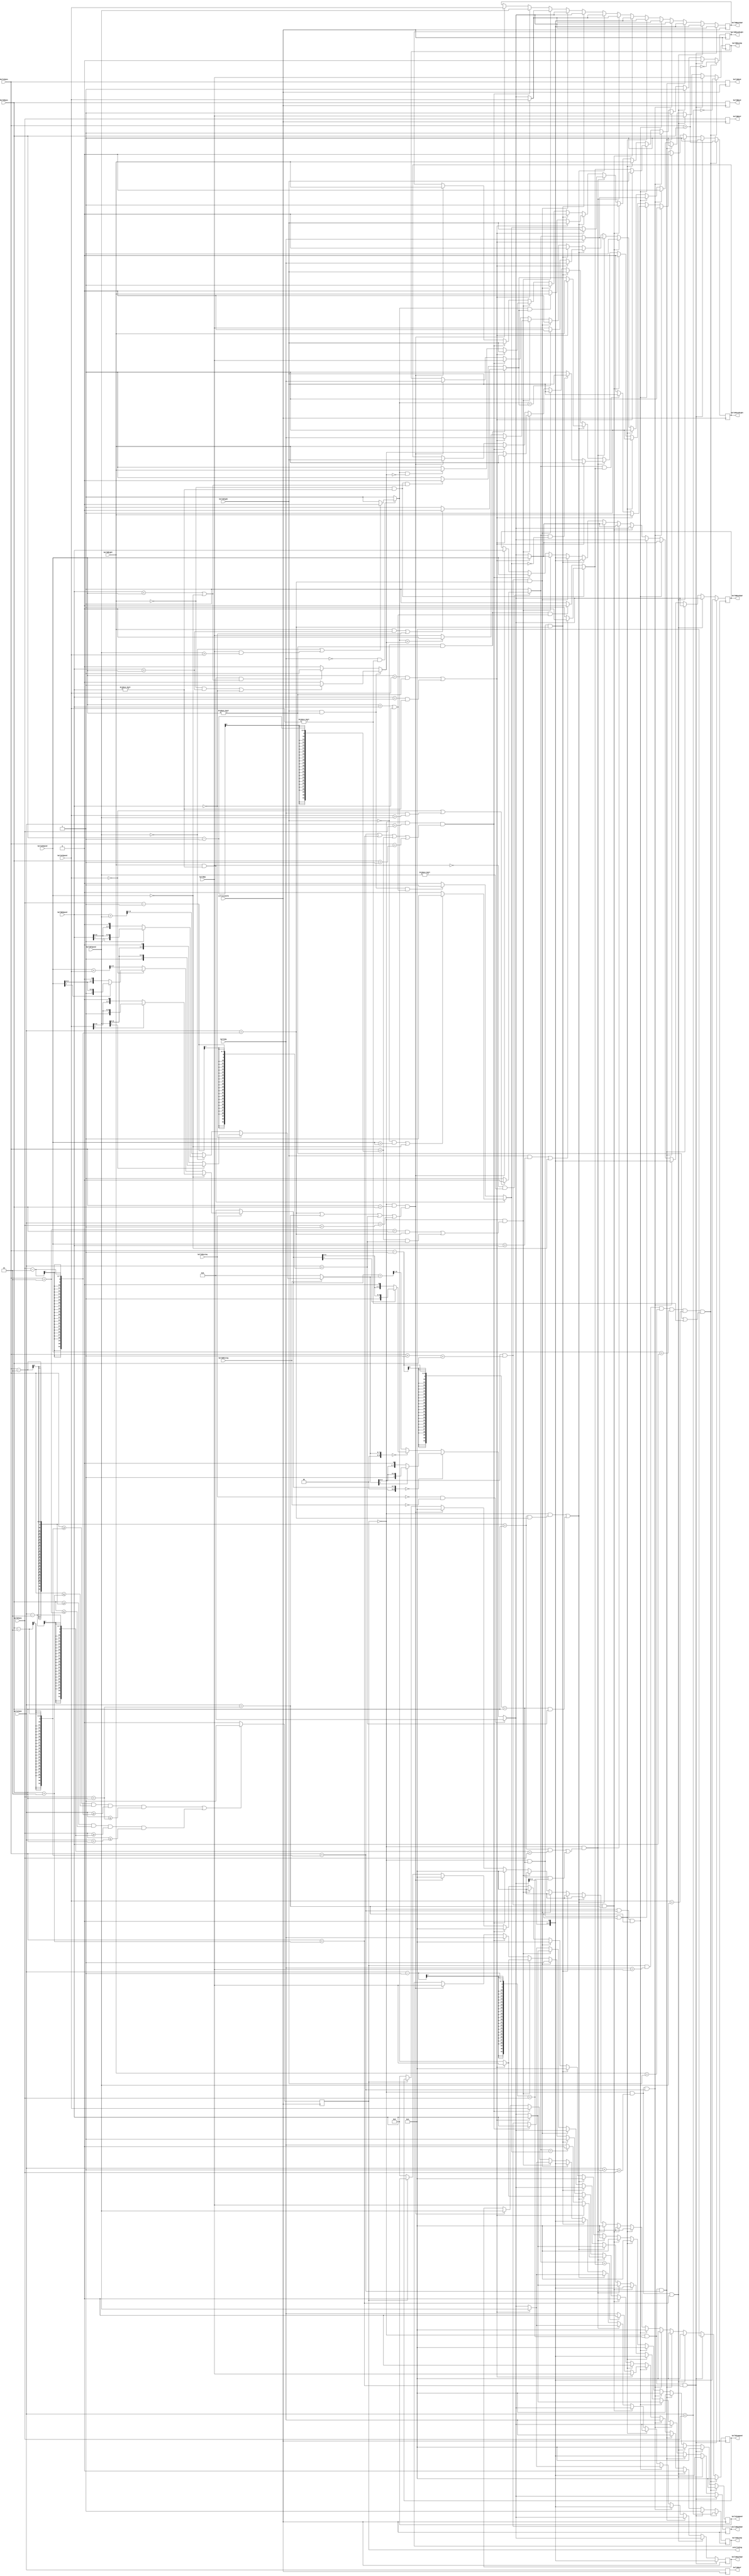
`timescale 1ns / 1ps
//////////////////////////////////////////////////////////////////////////////////
// Company: 
// Engineer: 
// 
// Design Name: 
// Module Name: collision
// Project Name: 
// Target Devices: 
// Tool Versions: 
// Description: 
// 
// Dependencies: 
// 
// Revision:
// Revision 0.01 - File Created
// Additional Comments:
// 
//////////////////////////////////////////////////////////////////////////////////


module collision(

input collisionClk,
input [7:0] ballAXpos,
input [6:0] ballAYpos,
input [7:0] ballAXSpeed,
input [7:0] ballAYSpeed,
input ballARight,
input ballAUp,
input ballAMoving,

input [7:0] ballBXpos,
input [6:0] ballBYpos,
input [7:0] ballBXSpeed,
input [7:0] ballBYSpeed,
input ballBRight,
input ballBUp,
input ballBMoving,

output reg isColliding = 0,
output reg [3:0] ballACommand = 0,
output reg [3:0] ballBCommand = 0,
output reg [7:0] ballANewXSpd = 0,
output reg [7:0] ballANewX = 0,
output reg [6:0] ballANewY = 0,
output reg ballAMoveRight = 0,
output reg [7:0] ballANewYSpd = 0,
output reg ballAMoveUp = 0,
output reg [7:0] ballBNewXSpd = 0,
output reg [7:0] ballBNewX = 0,
output reg [6:0] ballBNewY = 0,
output reg ballBMoveRight = 0,
output reg [7:0] ballBNewYSpd = 0,
output reg ballBMoveUp = 0
);


reg [9:0] averageA = 0;
reg [9:0] averageB = 0;
reg [9:0] average = 0;

//maybe used signed reg for storing the intermittent velocity

    always @ (posedge collisionClk) begin
    
        if (!isColliding) begin
            ballACommand <= 0;
            ballBCommand <= 0;
        end
    
    
        ballANewX = ballAXpos;
        ballANewY = ballAYpos;
        ballBNewX = ballBXpos;
        ballBNewY = ballBYpos;
    
    //do a check for if the balls are stuck together
    //and if the balls are at the wall
        
        averageA = (!ballAMoving) ? 0 :
            (ballAXSpeed == 0) ? 
            (!ballAYSpeed[7]) ? ballAYSpeed << 1 : ballAYSpeed :
            (ballAYSpeed == 0) ? 
            (!ballAXSpeed[7]) ? ballAXSpeed << 1 : ballAXSpeed :
            (ballAXSpeed + ballAYSpeed) >> 1;       
        
        averageB = (!ballBMoving) ? 0 :
            (ballBXSpeed == 0) ? 
            (!ballBYSpeed[7]) ? ballBYSpeed << 1 : ballBYSpeed :
            (ballBYSpeed == 0) ? 
            (!ballBXSpeed[7]) ? ballBXSpeed << 1 : ballBXSpeed :
            (ballBXSpeed + ballBYSpeed) >> 1;
        
        average = (!ballAMoving && !ballBMoving) ? 0 :
            (averageA == 0) ? 
            (!averageB[7]) ? averageB << 1 : averageB : 
            (averageB == 0) ? 
            (!averageA[7]) ? averageA << 1 : averageA :
            (averageA + averageB) >> 1;
    
        if (!isColliding && (ballAXpos == ballBXpos) && 
           ((ballAYpos == (ballBYpos - 2)) || (ballAYpos == (ballBYpos + 2)) ||
           (ballAYpos == (ballBYpos - 1)) || (ballAYpos == (ballBYpos + 1)))) begin
    /*
            B        B        A       A
            \/       /\       /\      \/
            A        A        B       B
    */
            ballACommand <= 4'b0011;
            ballBCommand <= 4'b0011;
            ballANewXSpd <= ballAXSpeed;
            ballAMoveRight = ballARight;
            ballANewYSpd = ballBYSpeed;
            ballAMoveUp = ballBUp;
            ballBNewXSpd = ballBXSpeed;
            ballBMoveRight = ballBRight;
            ballBNewYSpd = ballAYSpeed;
            ballBMoveUp = ballAUp;
            ballANewX = ballAXpos;
            ballANewY = ballAYpos;
            ballBNewX = ballBXpos;
            ballBNewY = ballBYpos;
        end
    
        if (!isColliding && ballAYpos == ballBYpos && 
           ((ballAXpos == (ballBXpos - 2)) || (ballAXpos == (ballBXpos + 2)) ||
           (ballAXpos == (ballBXpos - 1)) || (ballAXpos == (ballBXpos + 1)))) begin
           
    //      A --> B or A <-- B or B <-- A or B --> A
            ballACommand <= 4'b0011;
            ballBCommand <= 4'b0011;
            ballANewXSpd = ballBXSpeed;
            ballAMoveRight = ballBRight;
            ballANewYSpd = ballAYSpeed;
            ballAMoveUp = ballAUp;
            ballBNewXSpd = ballAXSpeed;
            ballBMoveRight = ballARight;
            ballBNewYSpd = ballBYSpeed;
            ballBMoveUp = ballBUp;
            ballANewX = ballAXpos;
            ballANewY = ballAYpos;
            ballBNewX = ballBXpos;
            ballBNewY = ballBYpos;
        end
    
         if (!isColliding && (((ballAXpos + 2 == ballBXpos) && ((ballAYpos) == (ballBYpos - 2))) ||
           ((ballAXpos == ballBXpos - 1) && (ballAYpos == ballBYpos - 1))))
        begin
        //                left_2 = 1; A bottom right B top left
        
            if ((ballAXSpeed == ballAYSpeed && ballAXSpeed != 0) ||
                (ballBXSpeed == ballBYSpeed && ballBXSpeed != 0)) begin
                
                ballACommand <= 4'b0011;
                ballAMoveRight = ballBRight;
                ballAMoveUp = ballBUp;
                ballANewXSpd = ballBXSpeed;
                ballANewYSpd = ballBYSpeed;
                
                ballBCommand <= 4'b0011;
                ballBMoveRight = ballARight;
                ballBMoveUp = ballAUp;
                ballBNewXSpd = ballAXSpeed;
                ballBNewYSpd = ballAYSpeed;
                
            
            end 
            else begin
                ballACommand <= 4'b0011;
                ballAMoveRight = (ballARight && ballAXSpeed != 0) ?
                                 ((!ballBRight && ballBXSpeed > ballAXSpeed) || ballBXSpeed == 0) ? 1 : 0 :
                                 (ballBRight && ballBXSpeed != 0 && (ballBXSpeed < ballAXSpeed || ballAXSpeed == 0)) ? 1 : 0;
                                 
                ballAMoveUp = (!ballAUp && ballAYSpeed != 0) ?
                              (ballBYSpeed == 0 || (ballBUp && ballBYSpeed > ballAYSpeed)) ? 0 : 1 : 1;
                              
                ballANewXSpd = average;
                ballANewYSpd = average;
                
                ballBCommand <= 4'b0011;
                ballBMoveRight = (ballAMoveUp && !ballAMoveRight) ? ballBRight : 1; 
                ballBMoveUp = (ballAMoveUp == ballAMoveRight) ? 0 : ballBUp;
                ballBNewXSpd = average;
                ballBNewYSpd = average;
            
            end

//            //test code
//            ballACommand <= 4'b0011;
//            ballBCommand <= 4'b0011;
//            ballANewXSpd = average;
//            ballAMoveRight = average;
//            ballANewYSpd = ballAYSpeed;
//            ballAMoveUp = ballAUp;
//            ballBNewXSpd = ballAXSpeed;
//            ballBMoveRight = ballARight;
//            ballBNewYSpd = ballBYSpeed;
//            ballBMoveUp = ballBUp;
//            ballANewX = ballAXpos;
//            ballANewY = ballAYpos;
//            ballBNewX = ballBXpos;
//            ballBNewY = ballBYpos;

        end
        
         if (!isColliding && (ballAXpos + 1 == ballBXpos) && ((ballAYpos) == (ballBYpos - 2)))
        begin
//                left_1 = 1
            ballACommand <= 4'b0011;
            ballAMoveRight = ballARight;              
            ballAMoveUp = 1;                 
            ballANewXSpd = average;
            ballANewYSpd = average << 1;
            
            ballBCommand <= 4'b0011;
            ballBMoveRight = 1;
            ballBMoveUp = 0;
            ballBNewXSpd = average << 1;
            ballBNewYSpd = average;
        end
        
         if (!isColliding && (ballAXpos - 1 == ballBXpos) && ((ballAYpos) == (ballBYpos - 2)))
        begin
//                right_1 = 1
            ballACommand <= 4'b0011;
            ballAMoveRight = ballARight;              
            ballAMoveUp = 1;                 
            ballANewXSpd = average;
            ballANewYSpd = average << 1;
            
            ballBCommand <= 4'b0011;
            ballBMoveRight = 0;
            ballBMoveUp = 0;
            ballBNewXSpd = average << 1;
            ballBNewYSpd = average;
        end
        
         if (!isColliding && ((ballAXpos - 2 == ballBXpos) && (ballAYpos == ballBYpos - 2)) ||
           ((ballAXpos - 1 == ballBXpos) && (ballAYpos == ballBYpos - 1)))
        begin
//                right_2 = 1 (a bottom left with b top right)
        
            if ((ballAXSpeed == ballAYSpeed && ballAXSpeed != 0) ||
                (ballBXSpeed == ballBYSpeed && ballBXSpeed != 0)) begin
                
                ballACommand <= 4'b0011;
                ballAMoveRight = ballBRight;
                ballAMoveUp = ballBUp;
                ballANewXSpd = ballBXSpeed;
                ballANewYSpd = ballBYSpeed;
                
                ballBCommand <= 4'b0011;
                ballBMoveRight = ballARight;
                ballBMoveUp = ballAUp;
                ballBNewXSpd = ballAXSpeed;
                ballBNewYSpd = ballAYSpeed;
                
            
            end 
            else begin
                ballACommand <= 4'b0011;
                ballAMoveRight = (!ballARight && ballAXSpeed != 0) ?
                                 ((ballBRight && ballBXSpeed > ballAXSpeed) || ballBXSpeed == 0) ? 0 : 1 :
                                 (!ballBRight && ballBXSpeed != 0 && (ballBXSpeed < ballAXSpeed || ballAXSpeed == 0)) ? 0 : 1;
                                 
                ballAMoveUp = (!ballAUp && ballAYSpeed != 0) ?
                              (ballBYSpeed == 0 || (ballBUp && ballBYSpeed > ballAYSpeed)) ? 0 : 1 : 1;
                              
                ballANewXSpd = average;
                ballANewYSpd = average;
                
                ballBCommand <= 4'b0011;
                ballBMoveRight = (ballAMoveUp && ballAMoveRight) ? ballBRight : 0; 
                ballBMoveUp = (ballAMoveUp == ballAMoveRight) ? 0 : ballBUp;
                ballBNewXSpd = average;
                ballBNewYSpd = average;
            
            end
        end   
        
         if (!isColliding && (((ballAXpos - 2 == ballBXpos) && (ballAYpos - 2 == ballBYpos)) ||
           ((ballAXpos - 1 == ballBXpos) && (ballAYpos - 1 == ballBYpos))))
        begin
//                top_1 <= 1; B bottom right with A top left
            if ((ballAXSpeed == ballAYSpeed && ballAXSpeed != 0) ||
                (ballBXSpeed == ballBYSpeed && ballBXSpeed != 0)) begin
                
                ballACommand <= 4'b0011;
                ballAMoveRight = ballBRight;
                ballAMoveUp = ballBUp;
                ballANewXSpd = ballBXSpeed;
                ballANewYSpd = ballBYSpeed;
                
                ballBCommand <= 4'b0011;
                ballBMoveRight = ballARight;
                ballBMoveUp = ballAUp;
                ballBNewXSpd = ballAXSpeed;
                ballBNewYSpd = ballAYSpeed;
                
            
            end 
            else begin
                ballBCommand <= 4'b0011;
                ballBMoveRight = (ballBRight && ballBXSpeed != 0) ?
                                 ((!ballARight && ballAXSpeed > ballAXSpeed) || ballAXSpeed == 0) ? 1 : 0 :
                                 (ballARight && ballAXSpeed != 0 && (ballAXSpeed < ballBXSpeed || ballBXSpeed == 0)) ? 1 : 0;
                                 
                ballBMoveUp = (!ballBUp && ballBYSpeed != 0) ?
                              (ballAYSpeed == 0 || (ballAUp && ballAYSpeed > ballBYSpeed)) ? 0 : 1 : 1;
                              
                ballBNewXSpd = average;
                ballBNewYSpd = average;
                
                ballACommand <= 4'b0011;
                ballAMoveRight = (ballBMoveUp && !ballBMoveRight) ? ballARight : 1; 
                ballAMoveUp = (ballBMoveUp == ballBMoveRight) ? 0 : ballAUp;
                ballANewXSpd = average;
                ballANewYSpd = average;
            
            end
            
        end
        
         if (!isColliding && (ballAXpos + 1 == ballBXpos) && ((ballAYpos) == (ballBYpos + 2)))
        begin
//                top_2 <= 1;
            ballBCommand <= 4'b0011;
            ballBMoveRight = 1;              
            ballBMoveUp = 1;                 
            ballBNewXSpd = average;
            ballBNewYSpd = average << 1;
            
            ballACommand <= 4'b0011;
            ballAMoveRight = 0;
            ballAMoveUp = 0;
            ballANewXSpd = average << 1;
            ballANewYSpd = average;
        end
        
         if (!isColliding && (ballAXpos - 1 == ballBXpos) && ((ballAYpos) == (ballBYpos + 2)))
        begin
//                top_3 <= 1;
            ballBCommand <= 4'b0011;
            ballBMoveRight = ballBRight;              
            ballBMoveUp = 1;                 
            ballBNewXSpd = average;
            ballBNewYSpd = average << 1;
            
            ballACommand <= 4'b0011;
            ballAMoveRight = 1;
            ballAMoveUp = 0;
            ballANewXSpd = average << 1;
            ballANewYSpd = average;
        end
        
         if (!isColliding && (ballAXpos == ballBXpos - 2) && ((ballAYpos) == (ballBYpos + 2)))
        begin
//                top_4 <= 1; A top right with B bottom left
            if ((ballAXSpeed == ballAYSpeed && ballAXSpeed != 0) ||
                (ballBXSpeed == ballBYSpeed && ballBXSpeed != 0)) begin
                
                ballACommand <= 4'b0011;
                ballAMoveRight = ballBRight;
                ballAMoveUp = ballBUp;
                ballANewXSpd = ballBXSpeed;
                ballANewYSpd = ballBYSpeed;
                
                ballBCommand <= 4'b0011;
                ballBMoveRight = ballARight;
                ballBMoveUp = ballAUp;
                ballBNewXSpd = ballAXSpeed;
                ballBNewYSpd = ballAYSpeed;
                
            
            end 
            else begin
                ballBCommand <= 4'b0011;
                ballBMoveRight = (!ballBRight && ballBXSpeed != 0) ?
                                 ((ballARight && ballAXSpeed > ballBXSpeed) || ballAXSpeed == 0) ? 0 : 1 :
                                 (!ballARight && ballAXSpeed != 0 && (ballAXSpeed < ballBXSpeed || ballBXSpeed == 0)) ? 0 : 1;
                                 
                ballBMoveUp = (!ballBUp && ballBYSpeed != 0) ?
                              (ballAYSpeed == 0 || (ballAUp && ballAYSpeed > ballBYSpeed)) ? 0 : 1 : 1;
                              
                ballBNewXSpd = average;
                ballBNewYSpd = average;
                
                ballACommand <= 4'b0011;
                ballAMoveRight = (ballBMoveUp && ballBMoveRight) ? ballARight : 0; 
                ballAMoveUp = (ballBMoveUp == ballBMoveRight) ? 0 : ballAUp;
                ballANewXSpd = average;
                ballANewYSpd = average;
            
            end
        end 
        
         if (!isColliding && (ballAYpos + 1 == ballBYpos) && ((ballAXpos) == (ballBXpos - 2)))
        begin
//                left_2 <= 1;
            ballACommand <= 4'b0011;
            ballAMoveRight = 1;              
            ballAMoveUp = ballAUp;                 
            ballANewXSpd = average;
            ballANewYSpd = average << 1;
            
            ballBCommand <= 4'b0011;
            ballBMoveRight = 1;
            ballBMoveUp = 0;
            ballBNewXSpd = average << 1;
            ballBNewYSpd = average;
        end
        
         if (!isColliding && (ballAYpos - 1 == ballBYpos) && ((ballAXpos) == (ballBXpos - 2)))
        begin
//                left_3 <= 1;
            ballACommand <= 4'b0011;
            ballAMoveRight = 0;              
            ballAMoveUp = ballAUp;                 
            ballANewYSpd = average;
            ballANewXSpd = average << 1;
            
            ballBCommand <= 4'b0011;
            ballBMoveRight = 1;
            ballBMoveUp = 1;
            ballBNewYSpd = average << 1;
            ballBNewXSpd = average;
        end
        
         if (!isColliding && (ballAYpos + 1 == ballBYpos) && ((ballAXpos) == (ballBXpos + 2)))
        begin
//                right_2 <= 1;
            ballBCommand <= 4'b0011;
            ballBMoveRight = 1;              
            ballBMoveUp = ballBUp;                 
            ballBNewXSpd = average;
            ballBNewYSpd = average << 1;
            
            ballACommand <= 4'b0011;
            ballAMoveRight = 1;
            ballAMoveUp = 0;
            ballANewXSpd = average << 1;
            ballANewYSpd = average;
        end
        
         if (!isColliding && (ballAYpos - 1 == ballBYpos) && ((ballAXpos) == (ballBXpos + 2)))
        begin
        //                right_3 <= 1;
            ballBCommand <= 4'b0011;
            ballBMoveRight = 0;              
            ballBMoveUp = ballBUp;                 
            ballBNewYSpd = average;
            ballBNewXSpd = average << 1;
            
            ballACommand <= 4'b0011;
            ballAMoveRight = 1;
            ballAMoveUp = 1;
            ballANewYSpd = average << 1;
            ballANewXSpd = average;
        end
        
            if (isColliding && ballAUp == ballBUp && ballBRight == ballARight && ballAXSpeed == ballBXSpeed && ballAYSpeed == ballBYSpeed && (ballAXSpeed != 0 || ballAYSpeed != 0)) begin
          
				ballACommand <= 4'b0011;
				ballBCommand <= 4'b0011;
				ballAMoveUp = ballAYpos < ballBYpos;
				ballBMoveUp = ~ballAMoveUp;
				
				ballAMoveRight = ballAXpos > ballBXpos;
				ballBMoveRight = ~ballAMoveRight;
    
            end
    
        isColliding = (ballAXpos >= ballBXpos - 2 && ballAXpos <= ballBXpos + 2 && ballAYpos >= ballBYpos - 2 && ballAYpos <= ballBYpos + 2) ||
            (ballBXpos >= ballAXpos - 2 && ballBXpos <= ballAXpos + 2 && ballBYpos >= ballAYpos - 2 && ballBYpos <= ballAYpos + 2) ? 1 : 0; 
            
    end

endmodule